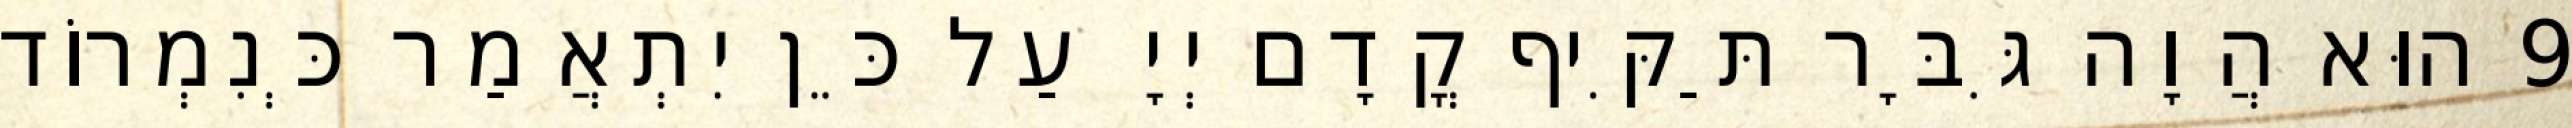
9 הוּא הֲוָה גִּבָּר תַּקִּיף קֳדָם יְיָ עַל כֵּן יִתְאֲמַר כְּנִמְרוֹד